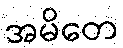
အမိတေ